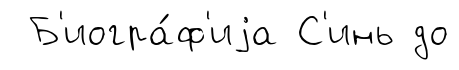
Б'иогра́ф'иjа С'инь до